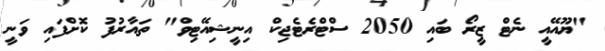
"ޔޫއޭއީ ނެޓް ޒީރޯ ބައި 2050 ސްޓްރެޓެޖިކް އިނީޝިއޭޓިވް" ތައާރުފު ކޮށްފައި ވަނީ